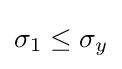
\sigma _{1}\leq \sigma _{y}\,\!